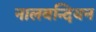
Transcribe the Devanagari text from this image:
नालबन्दियन